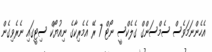
އެހެންނަމަވެސް ސެމްސަންގް ގެލެކްސީ ނޯޓް 7 ރޭ އެމެރިކާގެ ނިއުޔޯކް ސިޓީގައި ނެރެވިގެން